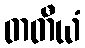
တတီယံ